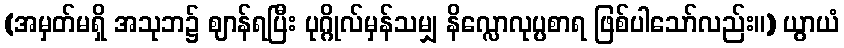
(အမှတ်မရှိ အသုဘ၌ ဈာန်ရပြီး ပုဂ္ဂိုလ်မှန်သမျှ နိလ္လောလုပ္ပစာရ ဖြစ်ပါသော်လည်း။) ယွာယံ